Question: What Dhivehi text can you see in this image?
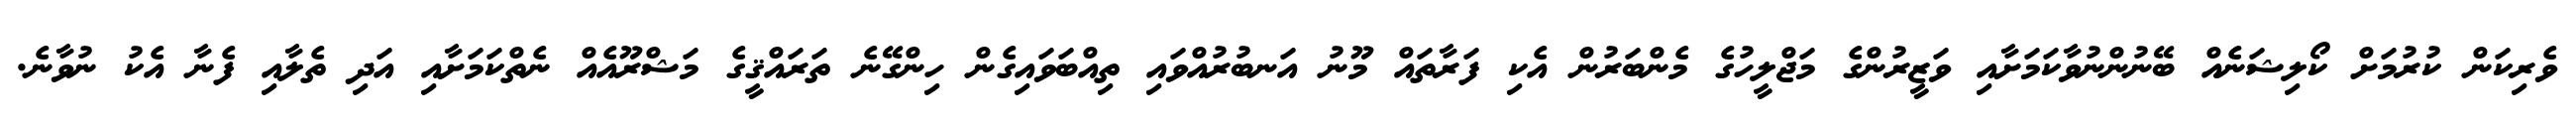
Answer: ވެރިކަން ކުރުމަށް ކޯލިޝަނެއް ބޭނުންނުވާކަމަށާއި ވަޒީރުންގެ މަޖްލީހުގެ މެންބަރުން އެކި ފަރާތައް މޫނު އަނބުރުއްވައި ތިއްބަވައިގެން ހިންގޭނެ ތަރައްޤީގެ މަޝްރޫއެއް ނެތްކަމަށާއި އަދި ތެލާއި ފެނާ އެކު ނުވާނެ.